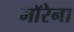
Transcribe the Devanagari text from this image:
माॅरेना